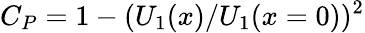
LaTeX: C_{P}=1-(U_{1}(x)/U_{1}({x}=0))^{2}